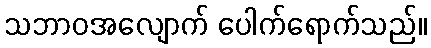
သဘာဝအလျောက် ပေါက်ရောက်သည်။